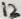
Text: 13